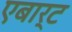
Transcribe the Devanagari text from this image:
एबार्ट